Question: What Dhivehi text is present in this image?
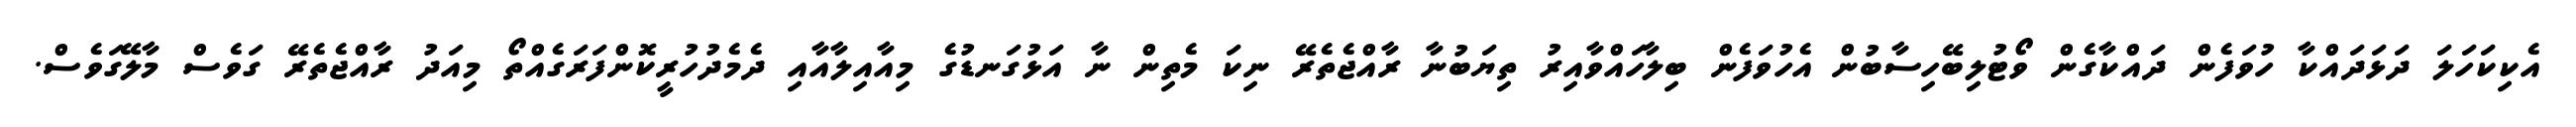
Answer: އެކިކަހަލަ ދަޅަދައްކާ ހުވަފެން ދައްކާގެން ވޯޓުލިބޭހިސާބުން އެހުވަފެން ބިލާހައްވާއިރު ތިޔަބުނާ ރާއްޖެތެރޭ ނިކަ މެތިން ނާ އަޅުގަނޑުގެ މިއާއިލާއާއި ދެމެދުހުރީކޮންފަރަގެއްތޯ މިއަދު ރާއްޖެތެރޭ ގަވެސް މާލޭގަވެސް.